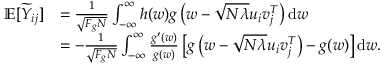
\begin{array} { r l } { \mathbb { E } [ \widetilde { Y } _ { i j } ] } & { = \frac { 1 } { \sqrt { F _ { g } N } } \int _ { - \infty } ^ { \infty } h ( w ) g \left( w - \sqrt { N \lambda } { \boldsymbol u } _ { i } { \boldsymbol v } _ { j } ^ { T } \right) \mathrm { d } w } \\ & { = - \frac { 1 } { \sqrt { F _ { g } N } } \int _ { - \infty } ^ { \infty } \frac { g ^ { \prime } ( w ) } { g ( w ) } \left[ g \left( w - \sqrt { N \lambda } { \boldsymbol u } _ { i } { \boldsymbol v } _ { j } ^ { T } \right) - g ( w ) \right] \mathrm { d } w . } \end{array}